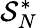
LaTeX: \mathcal{S}_{N}^{*}